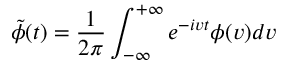
\tilde { \phi } ( t ) = \frac { 1 } { 2 \pi } \int _ { - \infty } ^ { + \infty } e ^ { - i v t } \phi ( v ) d v